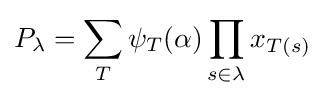
P_{\lambda }=\sum _{T}\psi _{T}(\alpha )\prod _{s\in \lambda }x_{T(s)}